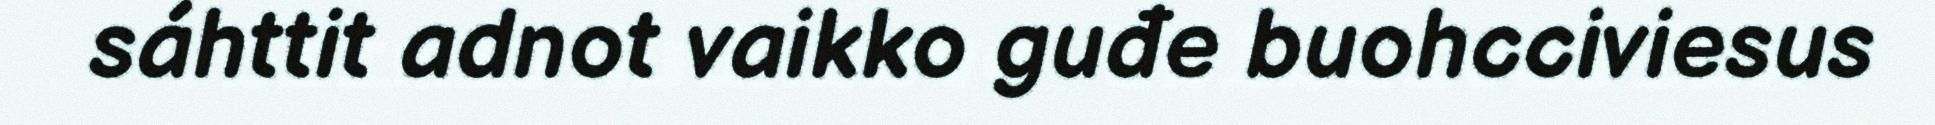
sáhttit adnot vaikko guđe buohcciviesus